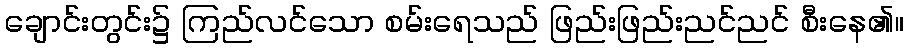
ချောင်းတွင်း၌ ကြည်လင်သော စမ်းရေသည် ဖြည်းဖြည်းညင်ညင် စီးနေ၏။